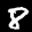
Label: 8